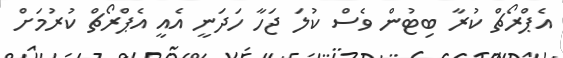
އެޕްރޯޗް ކުރާ ބިޓުން ވެސް ކުލަ ޖަހާ ހަދަނީ އެއީ އެޕްރޯޗް ކުރުމަށް